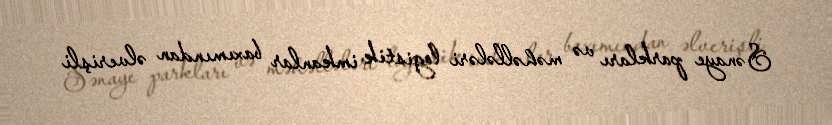
Sənaye parkları və məhəllələri logistik imkanlar baxımından əlverişli